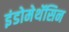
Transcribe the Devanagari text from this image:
इंडोमेथॅसिन